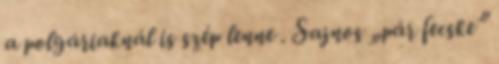
a polgáriaknál is szép lenne . Sajnos „pár fecske”